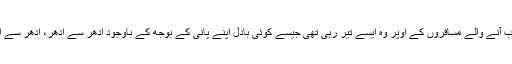
ان سب آنے والے مسافروں کے اوپر وہ ایسے تیر رہی تھی جیسے کوئی بادل اپنے پانی کے بوجھ کے باوجود اِدھر سے اُدھر، اُدھر سے اِدھر۔